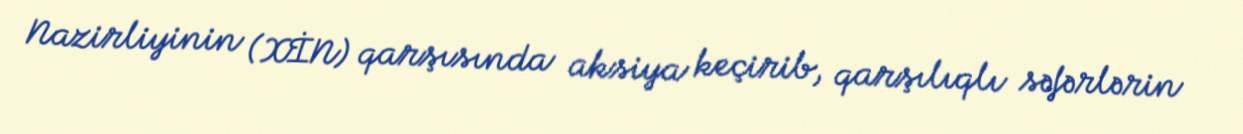
Nazirliyinin (XİN) qarşısında aksiya keçirib, qarşılıqlı səfərlərin